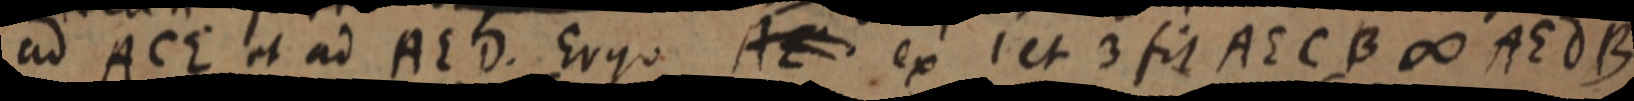
ad ACE et ad AED. Ergo AE ex I et 3 fit AECB ∞ AEdB